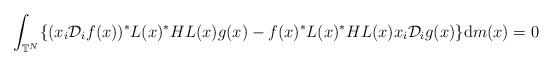
LaTeX: \begin{gather*}\int_{\mathbb{T}^{N}}\{ ( x_{i}\mathcal{D}_{i}f(x)) ^{\ast}L(x) ^{\ast}HL(x) g(x) -f(x) ^{\ast}L(x) ^{\ast}HL(x) x_{i}\mathcal{D}_{i}g(x) \} \mathrm{d}m(x) =0\end{gather*}